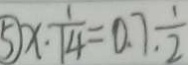
\textcircled { 5 } x \cdot \frac { 1 } { 1 4 } = 0 . 7 . \frac { 1 } { 2 }